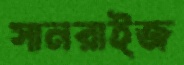
সানরাইজ